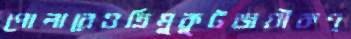
পোলারেওত্রিমুকুটজয়ীকণ্